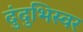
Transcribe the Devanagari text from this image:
दुंदुभिस्वर